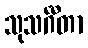
သုသင်္ဂီတာ